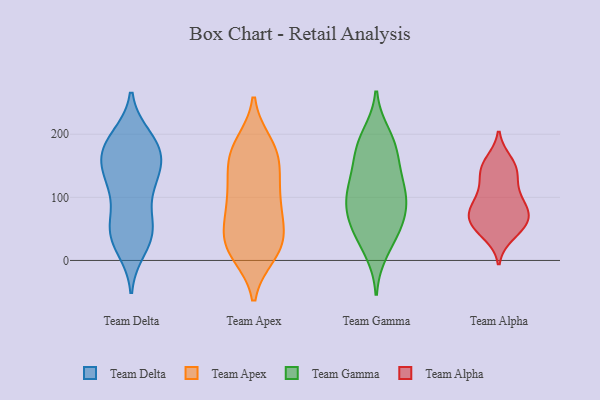
{"axis": {"x": "Revenue (USD Million)", "y": "Value"}, "legend": ["Team Alpha", "Team Apex", "Team Delta", "Team Gamma"], "data": [{"x": "", "y": 187, "type": "Team Delta"}, {"x": "", "y": 105, "type": "Team Delta"}, {"x": "", "y": 60, "type": "Team Delta"}, {"x": "", "y": 186, "type": "Team Delta"}, {"x": "", "y": 30, "type": "Team Delta"}, {"x": "", "y": 168, "type": "Team Delta"}, {"x": "", "y": 44, "type": "Team Delta"}, {"x": "", "y": 166, "type": "Team Delta"}, {"x": "", "y": 165, "type": "Team Delta"}, {"x": "", "y": 116, "type": "Team Delta"}, {"x": "", "y": 156, "type": "Team Delta"}, {"x": "", "y": 195, "type": "Team Delta"}, {"x": "", "y": 188, "type": "Team Delta"}, {"x": "", "y": 130, "type": "Team Delta"}, {"x": "", "y": 41, "type": "Team Delta"}, {"x": "", "y": 134, "type": "Team Delta"}, {"x": "", "y": 135, "type": "Team Delta"}, {"x": "", "y": 19, "type": "Team Delta"}, {"x": "", "y": 45, "type": "Team Delta"}, {"x": "", "y": 63, "type": "Team Delta"}, {"x": "", "y": 143, "type": "Team Apex"}, {"x": "", "y": 34, "type": "Team Apex"}, {"x": "", "y": 185, "type": "Team Apex"}, {"x": "", "y": 11, "type": "Team Apex"}, {"x": "", "y": 22, "type": "Team Apex"}, {"x": "", "y": 80, "type": "Team Apex"}, {"x": "", "y": 180, "type": "Team Apex"}, {"x": "", "y": 106, "type": "Team Apex"}, {"x": "", "y": 78, "type": "Team Apex"}, {"x": "", "y": 10, "type": "Team Apex"}, {"x": "", "y": 71, "type": "Team Apex"}, {"x": "", "y": 157, "type": "Team Apex"}, {"x": "", "y": 17, "type": "Team Apex"}, {"x": "", "y": 167, "type": "Team Apex"}, {"x": "", "y": 37, "type": "Team Apex"}, {"x": "", "y": 112, "type": "Team Apex"}, {"x": "", "y": 174, "type": "Team Apex"}, {"x": "", "y": 120, "type": "Team Apex"}, {"x": "", "y": 46, "type": "Team Apex"}, {"x": "", "y": 15, "type": "Team Gamma"}, {"x": "", "y": 138, "type": "Team Gamma"}, {"x": "", "y": 54, "type": "Team Gamma"}, {"x": "", "y": 117, "type": "Team Gamma"}, {"x": "", "y": 176, "type": "Team Gamma"}, {"x": "", "y": 169, "type": "Team Gamma"}, {"x": "", "y": 93, "type": "Team Gamma"}, {"x": "", "y": 68, "type": "Team Gamma"}, {"x": "", "y": 104, "type": "Team Gamma"}, {"x": "", "y": 198, "type": "Team Gamma"}, {"x": "", "y": 185, "type": "Team Gamma"}, {"x": "", "y": 60, "type": "Team Gamma"}, {"x": "", "y": 37, "type": "Team Gamma"}, {"x": "", "y": 118, "type": "Team Gamma"}, {"x": "", "y": 89, "type": "Team Gamma"}, {"x": "", "y": 70, "type": "Team Alpha"}, {"x": "", "y": 157, "type": "Team Alpha"}, {"x": "", "y": 71, "type": "Team Alpha"}, {"x": "", "y": 95, "type": "Team Alpha"}, {"x": "", "y": 70, "type": "Team Alpha"}, {"x": "", "y": 84, "type": "Team Alpha"}, {"x": "", "y": 86, "type": "Team Alpha"}, {"x": "", "y": 57, "type": "Team Alpha"}, {"x": "", "y": 52, "type": "Team Alpha"}, {"x": "", "y": 52, "type": "Team Alpha"}, {"x": "", "y": 123, "type": "Team Alpha"}, {"x": "", "y": 146, "type": "Team Alpha"}, {"x": "", "y": 108, "type": "Team Alpha"}, {"x": "", "y": 41, "type": "Team Alpha"}, {"x": "", "y": 148, "type": "Team Alpha"}, {"x": "", "y": 142, "type": "Team Alpha"}]}